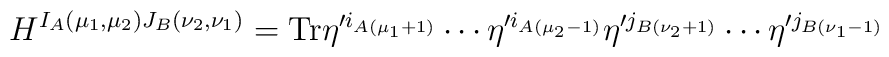
H^{I_A (\mu_1, \mu_2) J_B (\nu_2, \nu_1)} = {\rm Tr} \eta'^{i_{A(\mu_1 + 1)}}   \cdots \eta'^{i_{A(\mu_2 - 1)}} \eta'^{j_{B(\nu_2 + 1)}} \cdots    \eta'^{j_{B(\nu_1 - 1)}}